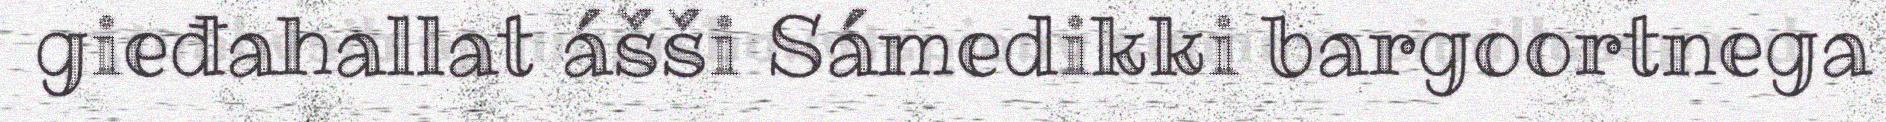
gieđahallat ášši Sámedikki bargoortnega